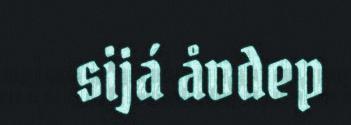
sijá åvdep